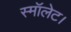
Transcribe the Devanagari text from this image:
स्मॉलेट।